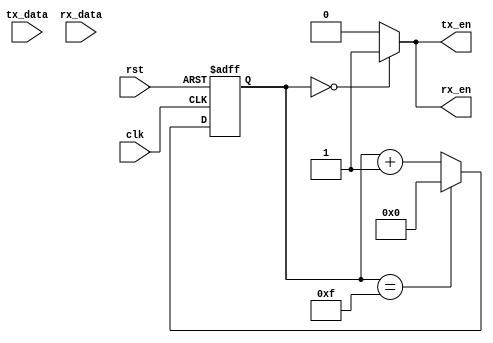
module uart_controller (
    input clk,         // Clock input
    input rst,         // Reset input
    input tx_data,     // Transmit data input
    output reg tx_en,  // Transmit enable output
    input rx_data,     // Receive data input
    output reg rx_en   // Receive enable output
);

// Clock generation and synchronization circuits
reg [3:0] baud_counter;
always @(posedge clk or posedge rst) begin
    if (rst) begin
        baud_counter <= 4'b0000; // Initialize baud counter
    end else begin
        baud_counter <= (baud_counter == 4'b1111) ? 4'b0000 : baud_counter + 1;
    end
end

// Handshaking logic for data flow control
always @(*) begin
    tx_en = (baud_counter == 4'b0000) ? 1'b1 : 1'b0;
    rx_en = (baud_counter == 4'b0000) ? 1'b1 : 1'b0;
end

// Error detection and correction mechanisms
// (Insert error detection and correction logic here)

endmodule